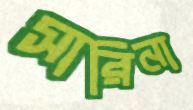
সারিনা